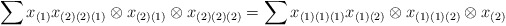
\begin{align*} \sum x_{(1)}x_{(2)(2)(1)} \otimes x_{(2)(1)} \otimes x_{(2)(2)(2)} = \sum x_{(1)(1)(1)} x_{(1)(2)} \otimes x_{(1)(1)(2)} \otimes x_{(2)}\end{align*}